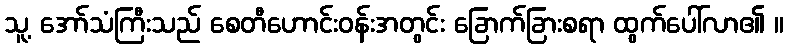
သူ့ အော်သံကြီးသည် စေတီဟောင်းဝန်းအတွင်း ခြောက်ခြားစရာ ထွက်ပေါ်လာ၏ ။